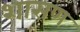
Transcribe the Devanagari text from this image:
शासण